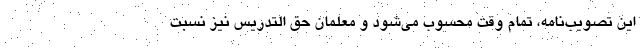
این تصویب­نامه، تمام وقت محسوب می‌­شود و معلمان حق­ التدریس نیز نسبت